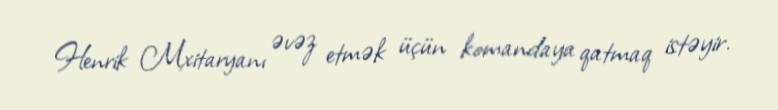
Henrik Mxitaryanı əvəz etmək üçün komandaya qatmaq istəyir.